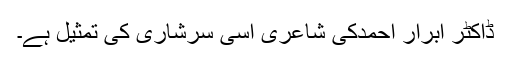
ڈاکٹر ابرار احمدکی شاعری اسی سرشاری کی تمثیل ہے۔